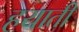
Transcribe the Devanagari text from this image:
हयाती